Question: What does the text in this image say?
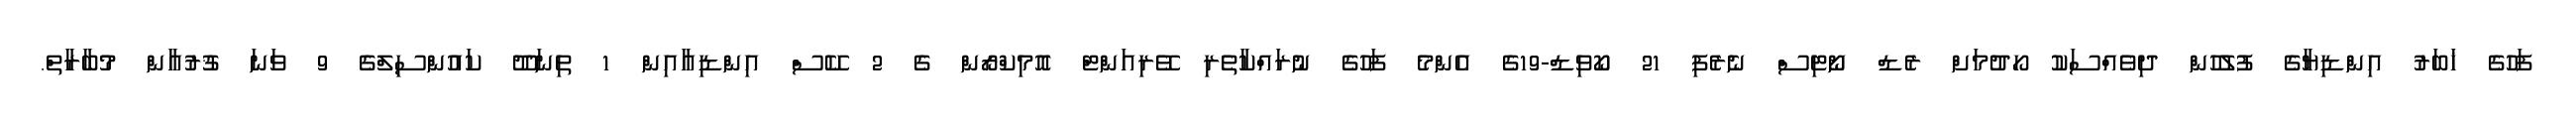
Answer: ފަހުގެ ޚަބަރު އިންޑިޔާގެ ފުލުހުން ދިވެއްސަކު ހޯދުމަށް ރެޑް ނޯޓިސް ނެރެފި 21 ކޯވިޑް-19ގެ އެންމެ ފަހުގެ ނުރައްކާތެރި ވޭރިއަންޓް އޮމިކްރޯން ގެ 2 ކޭސް އިންޑިއާއިން 1 ތިނަދޫ ކައުންސިލްގެ 9 ވަނަ ޤުރުއާން މުބާރާތް.